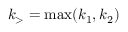
k _ { > } = \operatorname* { m a x } ( k _ { 1 } , k _ { 2 } )